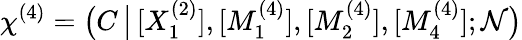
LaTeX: \chi^{(4)}=\big(C\, \big|\, [X_{1}^{(2)}],[M_{1}^{(4)}],[M_{2}^{(4)}],[M_{4}^{(4)}];\mathcal{N}\big)